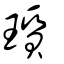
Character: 瓆